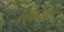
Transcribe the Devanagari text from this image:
स्वीडनशी